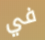
في